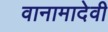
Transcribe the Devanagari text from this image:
वानामादेवी